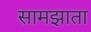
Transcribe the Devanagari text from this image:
सामझाता